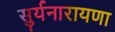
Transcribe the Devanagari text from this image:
सुर्यनारायणा